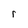
Character: r